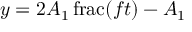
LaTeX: y = 2 A _ { 1 } \operatorname { f r a c } ( f t ) - A _ { 1 }